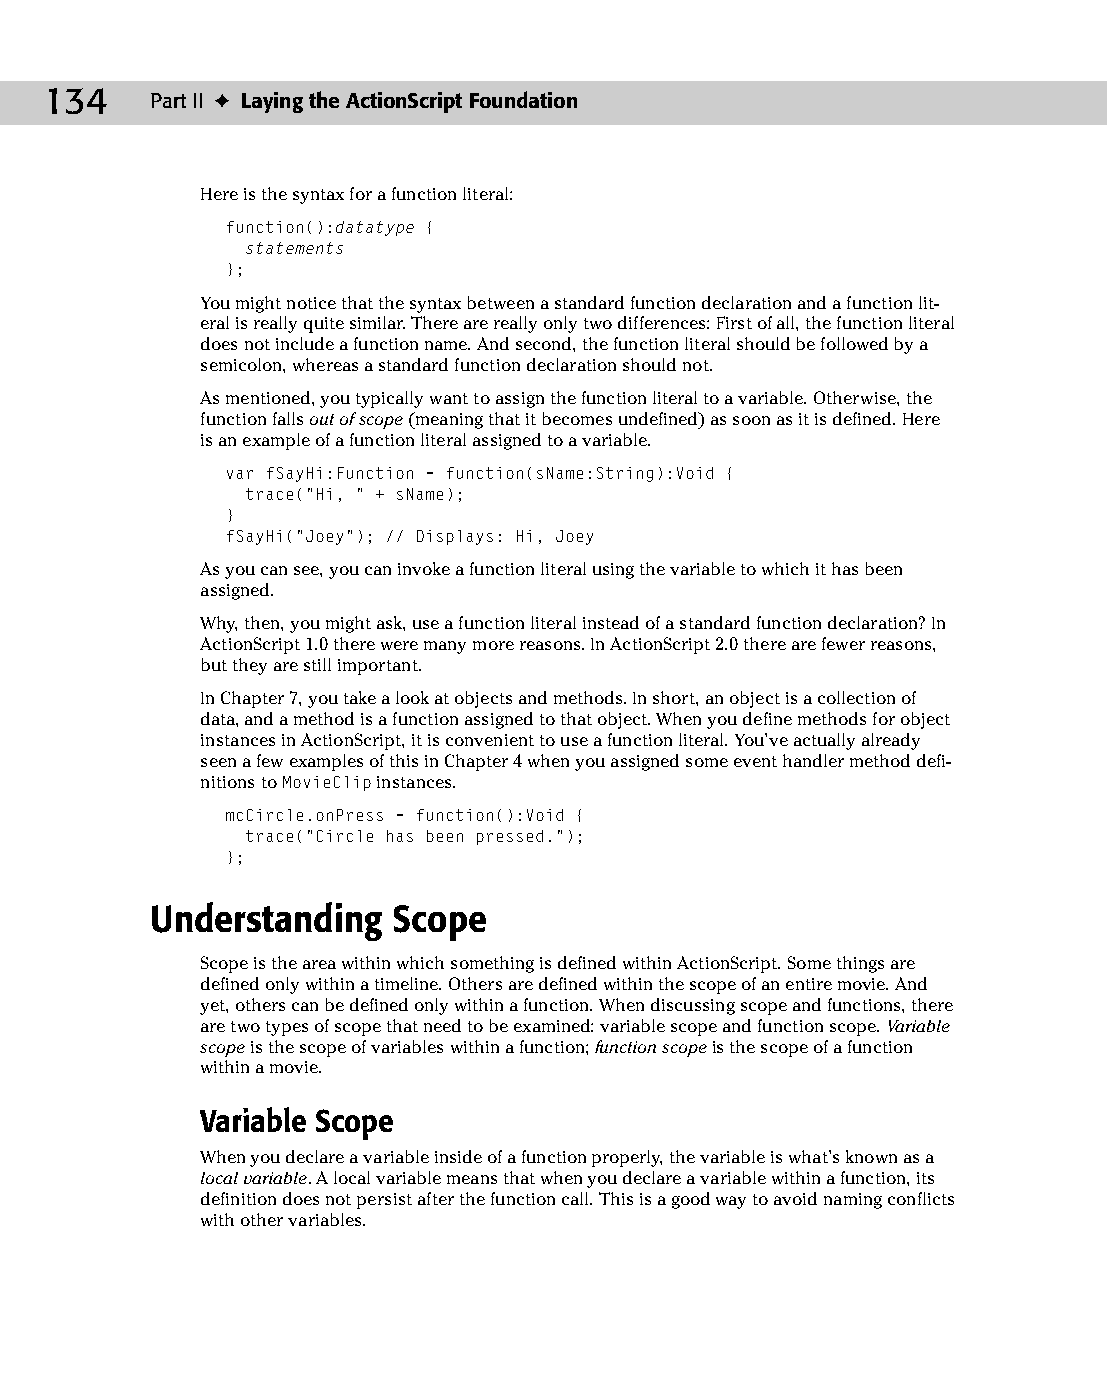
09 543547 ch06.qxd 3/24/04 3:50 PM Page 134
 134    Part II ✦ Laying the ActionScript Foundation
 Here is the syntax for a function literal:
 function():datatype {
 statements
 };
 You might notice that the syntax between a standard function declaration and a function lit­
 eral is really quite similar. There are really only two differences: First of all, the function literal
 does not include a function name. And second, the function literal should be followed by a
 semicolon, whereas a standard function declaration should not.
 As mentioned, you typically want to assign the function literal to a variable. Otherwise, the
 function falls out of scope (meaning that it becomes undefined) as soon as it is defined. Here
 is an example of a function literal assigned to a variable.
 var fSayHi:Function = function(sName:String):Void {
 trace(“Hi, “ + sName);
 }
 fSayHi(“Joey”); // Displays: Hi, Joey
 As you can see, you can invoke a function literal using the variable to which it has been
 assigned.
 Why, then, you might ask, use a function literal instead of a standard function declaration? In
 ActionScript 1.0 there were many more reasons. In ActionScript 2.0 there are fewer reasons,
 but they are still important.
 In Chapter 7, you take a look at objects and methods. In short, an object is a collection of
 data, and a method is a function assigned to that object. When you define methods for object
 instances in ActionScript, it is convenient to use a function literal. You’ve actually already
 seen a few examples of this in Chapter 4 when you assigned some event handler method defi­
 nitions to MovieClip instances.
 mcCircle.onPress = function():Void {
 trace(“Circle has been pressed.”);
 };
 Understanding   Scope
 Scope is the area within which something is defined within ActionScript. Some things are
 defined only within a timeline. Others are defined within the scope of an entire movie. And
 yet, others can be defined only within a function. When discussing scope and functions, there
 are two types of scope that need to be examined: variable scope and function scope. Variable
 scope is the scope of variables within a function; function scope is the scope of a function
 within a movie.
 Variable Scope
 When you declare a variable inside of a function properly, the variable is what’s known as a
 local variable. A local variable means that when you declare a variable within a function, its
 definition does not persist after the function call. This is a good way to avoid naming conflicts
 with other variables.